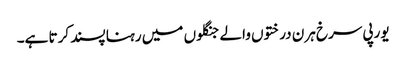
یورپی سرخ ہرن درختوں والے جنگلوں میں رہنا پسند کرتا ہے۔